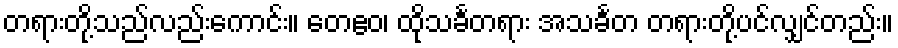
တရားတို့သည်လည်းကောင်း။ တေဧဝ၊ ထိုသင်္ခတရား အသင်္ခတ တရားတို့ပင်လျှင်တည်း။